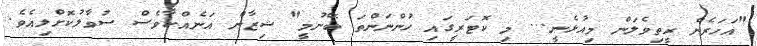
"އަހަރެން ރީތިވެލަން މިއުޅެނީ... މި ކޮޓަރީގައި ހުންނަންތަ ބޭނުމީ" ޝިޒާން އަނެއްކާވެސް ސުވާލުކޮށްލިއެވެ.